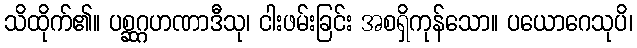
သိထိုက်၏။ ပစ္ဆဂ္ဂဟဏာဒီသု၊ ငါးဖမ်းခြင်း အစရှိကုန်သော။ ပယောဂေသုပိ၊